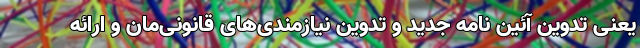
یعنی تدوین آئین نامه جدید و تدوین نیازمندی‌های قانونی‌مان و ارائه